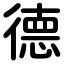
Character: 德